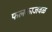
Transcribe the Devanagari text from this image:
फलकाजवळ